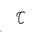
Letter: _ha